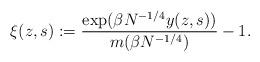
LaTeX: \begin{align*}\xi(z,s) := \frac{\exp(\beta N^{-1/4} y(z,s))}{m(\beta N^{-1/4})}-1.\end{align*}